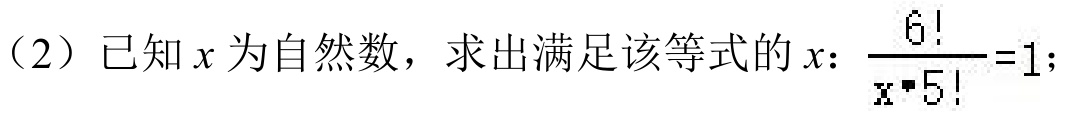
（2）已知\(x\)为自然数，求出满足该等式的\(x\)：\(\frac{6!}{x\cdot5!}=1\)；